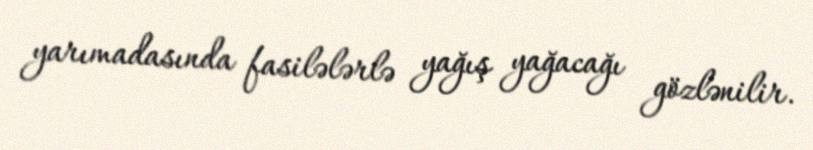
yarımadasında fasilələrlə yağış yağacağı gözlənilir.